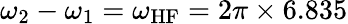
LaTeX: \omega_{2}-\omega_{1}=\omega_{\mathrm{HF}}=2\pi\times 6.835